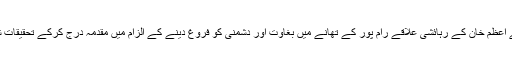
بھارتی پولیس نے اعظم خان کے رہائشی علاقے رام پور کے تھانے میں بغاوت اور دشمنی کو فروغ دینے کے الزام میں مقدمہ درج کرکے تحقیقات شروع کردی ہیں۔